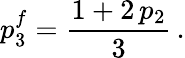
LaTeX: p_{3}^{f}=\frac{1+2\, p_{2}}{3}\, .